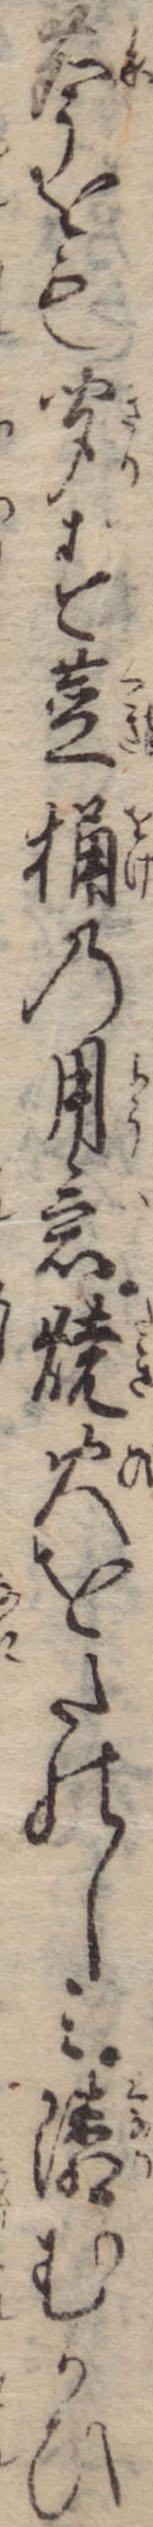
声をも聞す茎桶の用意焼火をたのしみ隣むかひ